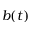
b ( t )